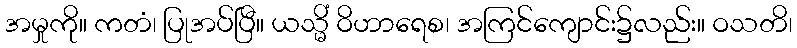
အမှုကို။ ကတံ၊ ပြုအပ်ပြီ။ ယသ္မိံ ဝိဟာရေစ၊ အကြင်ကျောင်း၌လည်း။ ဝသတိ၊